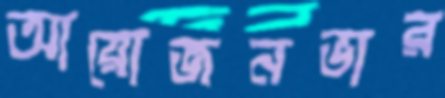
আয়োজনভার